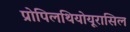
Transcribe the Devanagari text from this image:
प्रोपिलथियोयूरासिल